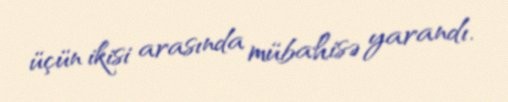
üçün ikisi arasında mübahisə yarandı.